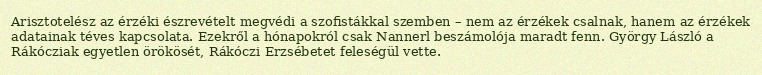
Arisztotelész az érzéki észrevételt megvédi a szofistákkal szemben – nem az érzékek csalnak, hanem az érzékek adatainak téves kapcsolata. Ezekről a hónapokról csak Nannerl beszámolója maradt fenn. György László a Rákócziak egyetlen örökösét, Rákóczi Erzsébetet feleségül vette.